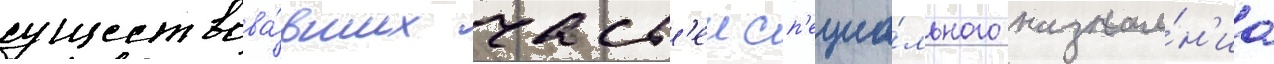
существова́вших част'еи сп'ециа́льного назначе́н'иа